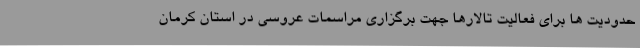
حدودیت ها برای فعالیت تالارها جهت برگزاری مراسمات عروسی در استان کرمان